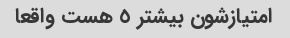
امتیازشون بیشتر ٥ هست واقعا